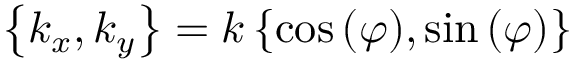
\left\{ k _ { x } , k _ { y } \right\} = k \left\{ \cos { ( \varphi ) } , \sin { ( \varphi ) } \right\}